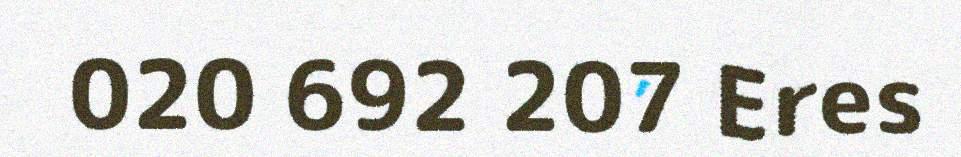
020 692 207 Eres